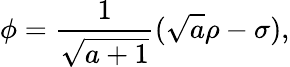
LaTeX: \phi={\frac{1}{\sqrt{a+1}}}(\sqrt{a}\rho-\sigma),